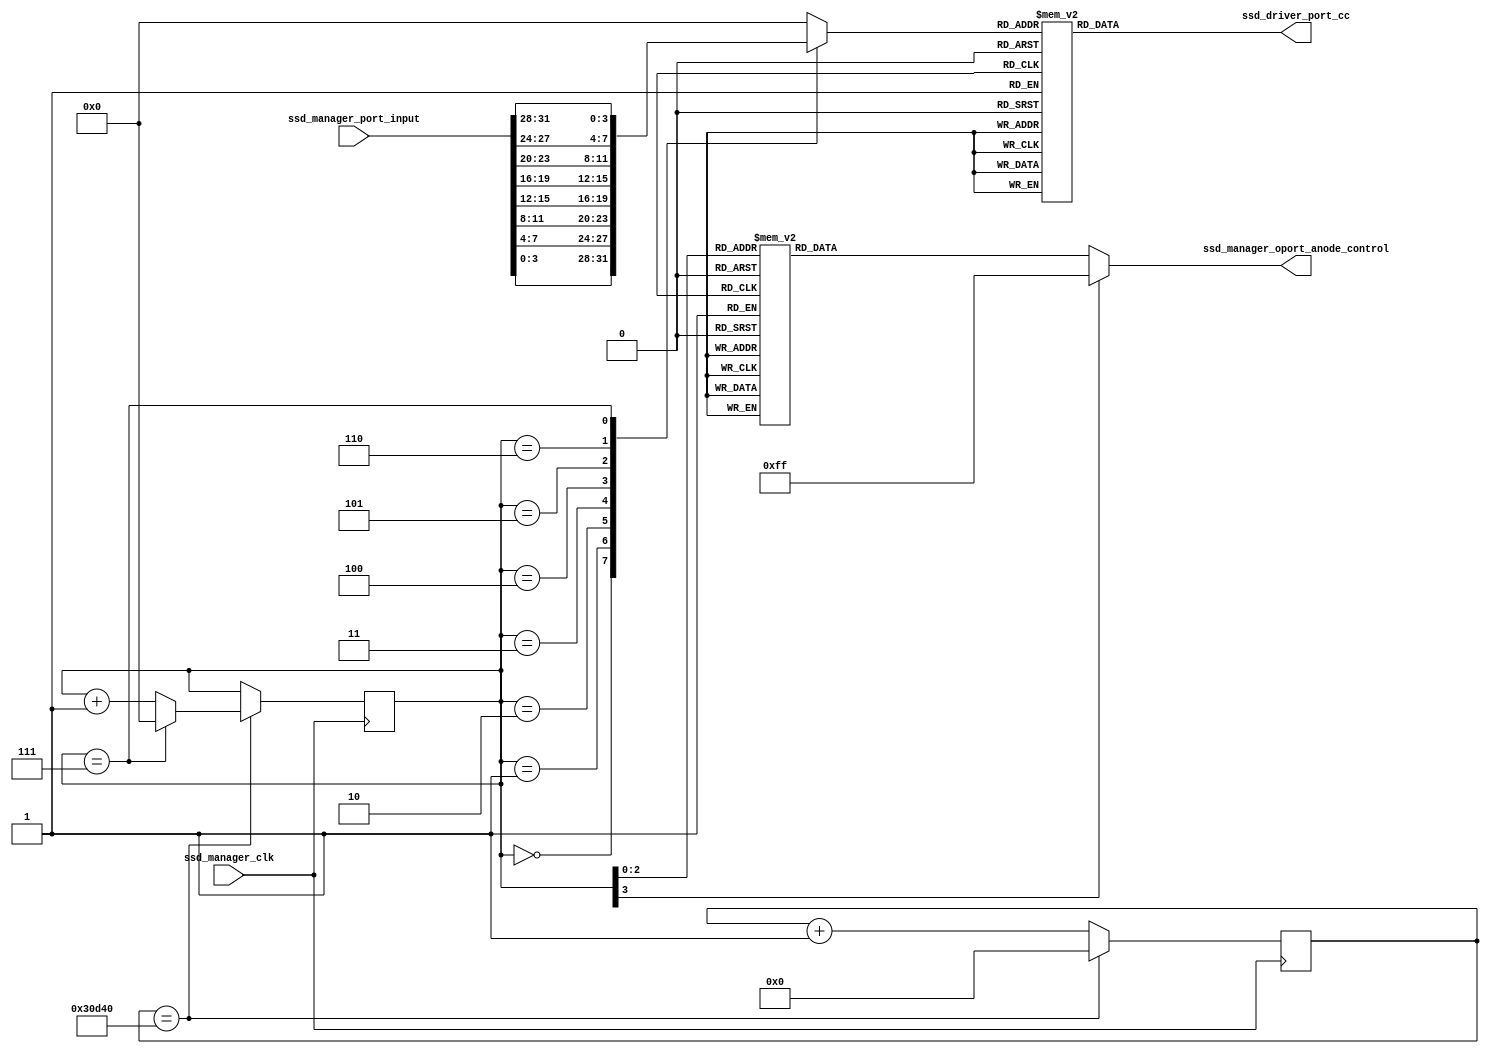
`timescale 1ns / 1ps
//////////////////////////////////////////////////////////////////////////////////
// Company: 
// Engineer: 
// 
// Design Name: 
// Module Name: ssd_manager
// Project Name: 
// Target Devices: 
// Tool Versions: 
// Description: 
// 
// Dependencies: 
// 
// Revision:
// Revision 0.01 - File Created
// Additional Comments:
// 
//////////////////////////////////////////////////////////////////////////////////


module ssd_manager(
  input ssd_manager_clk,                // Clock signal
  input [31:0] ssd_manager_port_input,   
  output [6:0] ssd_driver_port_cc,   
  output [7:0] ssd_manager_oport_anode_control  
);

reg [6:0] ssd_manager_temp_cc;
reg [7:0] ssd_manager_temp_anode;
reg [3:0] ssd_manager_digit_period; // I want each digit to refresh at 1ms which is 100_000
reg [17:0] ssd_manager_digit_counter;
reg [3:0] ssd_manager_temp_num;

initial begin 
ssd_manager_digit_counter = 0;
ssd_manager_digit_period = 0;
ssd_manager_temp_num = 0;
ssd_manager_temp_cc = 7'b1111111;
end

always@(posedge ssd_manager_clk) begin:SSD_REFRESH_PERIOD
    if(ssd_manager_digit_counter == 200_000)begin
        ssd_manager_digit_counter <= 0;
        if(ssd_manager_digit_period == 7)
            ssd_manager_digit_period <= 0;
        else
            ssd_manager_digit_period <= ssd_manager_digit_period+1;
    end
    else 
        ssd_manager_digit_counter <= ssd_manager_digit_counter+1;
end

always @* begin
    case(ssd_manager_digit_period)
        0:ssd_manager_temp_anode <= 8'b11111110;   
        1:ssd_manager_temp_anode <= 8'b11111101; 
        2:ssd_manager_temp_anode <= 8'b11111011; 
        3:ssd_manager_temp_anode <= 8'b11110111; 
        4:ssd_manager_temp_anode <= 8'b11101111; 
        5:ssd_manager_temp_anode <= 8'b11011111; 
        6:ssd_manager_temp_anode <= 8'b10111111; 
        7:ssd_manager_temp_anode <= 8'b01111111; 
        default:ssd_manager_temp_anode <= 8'b11111111;
    endcase
end

always @*  begin
    case(ssd_manager_digit_period)
      0: ssd_manager_temp_num <= ssd_manager_port_input[3:0];
      1: ssd_manager_temp_num <= ssd_manager_port_input[7:4];
      2: ssd_manager_temp_num <= ssd_manager_port_input[11:8];
      3: ssd_manager_temp_num <= ssd_manager_port_input[15:12];
      4: ssd_manager_temp_num <= ssd_manager_port_input[19:16];
      5: ssd_manager_temp_num <= ssd_manager_port_input[23:20];
      6: ssd_manager_temp_num <= ssd_manager_port_input[27:24];
      7: ssd_manager_temp_num <= ssd_manager_port_input[31:28]; 
      default:ssd_manager_temp_num <= 0;      
    endcase
    
    case(ssd_manager_temp_num)
      4'h0: ssd_manager_temp_cc <= 7'b1000000;
      4'h1: ssd_manager_temp_cc <= 7'b1111001;
      4'h2: ssd_manager_temp_cc <= 7'b0100100;
      4'h3: ssd_manager_temp_cc <= 7'b0110000;
      4'h4: ssd_manager_temp_cc <= 7'b0011001;
      4'h5: ssd_manager_temp_cc <= 7'b0010010;
      4'h6: ssd_manager_temp_cc <= 7'b0000010;
      4'h7: ssd_manager_temp_cc <= 7'b1111000;
      4'h8: ssd_manager_temp_cc <= 7'b0000000;
      4'h9: ssd_manager_temp_cc <= 7'b0010000;
      4'hA: ssd_manager_temp_cc <= 7'b0001000;
      4'hB: ssd_manager_temp_cc <= 7'b0000011;
      4'hC: ssd_manager_temp_cc <= 7'b1000110;
      4'hD: ssd_manager_temp_cc <= 7'b0100001;
      4'hE: ssd_manager_temp_cc <= 7'b0000110;
      4'hF: ssd_manager_temp_cc <= 7'b0001110;   
      default: ssd_manager_temp_cc <= 7'hZZ; 
    endcase
end

assign ssd_driver_port_cc = ssd_manager_temp_cc;
assign ssd_manager_oport_anode_control = ssd_manager_temp_anode;
endmodule